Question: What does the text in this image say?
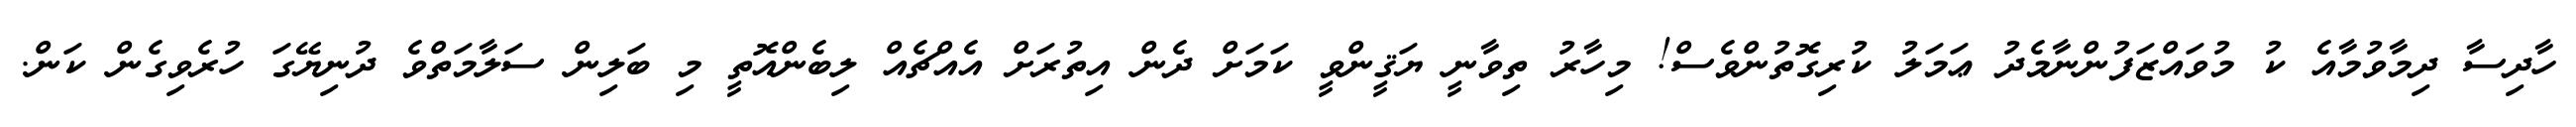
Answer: ހާދިސާ ދިމާވުމާއެ ކު މުވައްޒަފުންނާމެދު ޢަމަލު ކުރިގޮތުންވެސް! މިހާރު ތިވާނީ ޔަޤީންވީ ކަމަށް ދެން އިތުރަށް އެއްޗެއް ލިބެންއޮތީ މި ބަލިން ސަލާމަތްވެ ދުނިޔޭގަ ހުރެވިގެން ކަން.